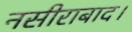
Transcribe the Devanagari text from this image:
नसीराबाद।